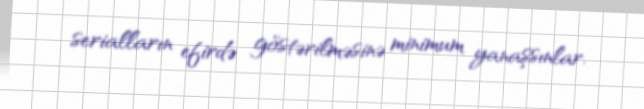
serialların efirdə göstərilməsinə minimum yanaşsınlar.